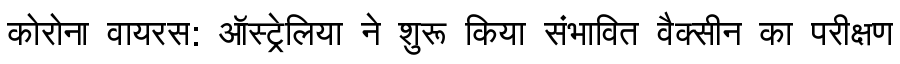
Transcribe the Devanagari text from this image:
कोरोना वायरस: ऑस्ट्रेलिया ने शुरू किया संभावित वैक्सीन का परीक्षण